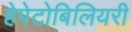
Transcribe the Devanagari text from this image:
हेपेटोबिलियरी